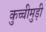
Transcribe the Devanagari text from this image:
कुच्चीमुड़ी